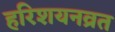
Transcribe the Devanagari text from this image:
हरिशयनव्रत